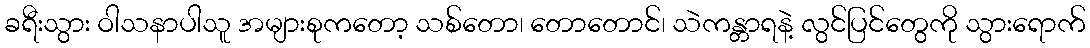
ခရီးသွား ဝါသနာပါသူ အများစုကတော့ သစ်တော၊ တောတောင်၊ သဲကန္တာရနဲ့ လွင်ပြင်တွေကို သွားရောက်